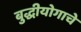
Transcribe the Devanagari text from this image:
बुद्धीयोगाचे